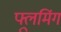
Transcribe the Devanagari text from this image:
फ्लूमिंग